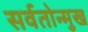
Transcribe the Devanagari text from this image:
सर्वतोन्मुख